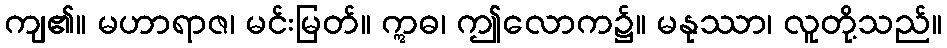
ကျ၏။ မဟာရာဇ၊ မင်းမြတ်။ ဣဓ၊ ဤလောက၌။ မနုဿာ၊ လူတို့သည်။